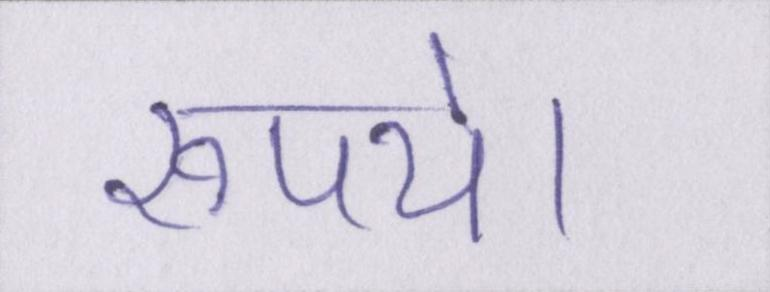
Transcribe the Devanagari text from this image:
रूपये।